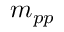
m _ { p p }